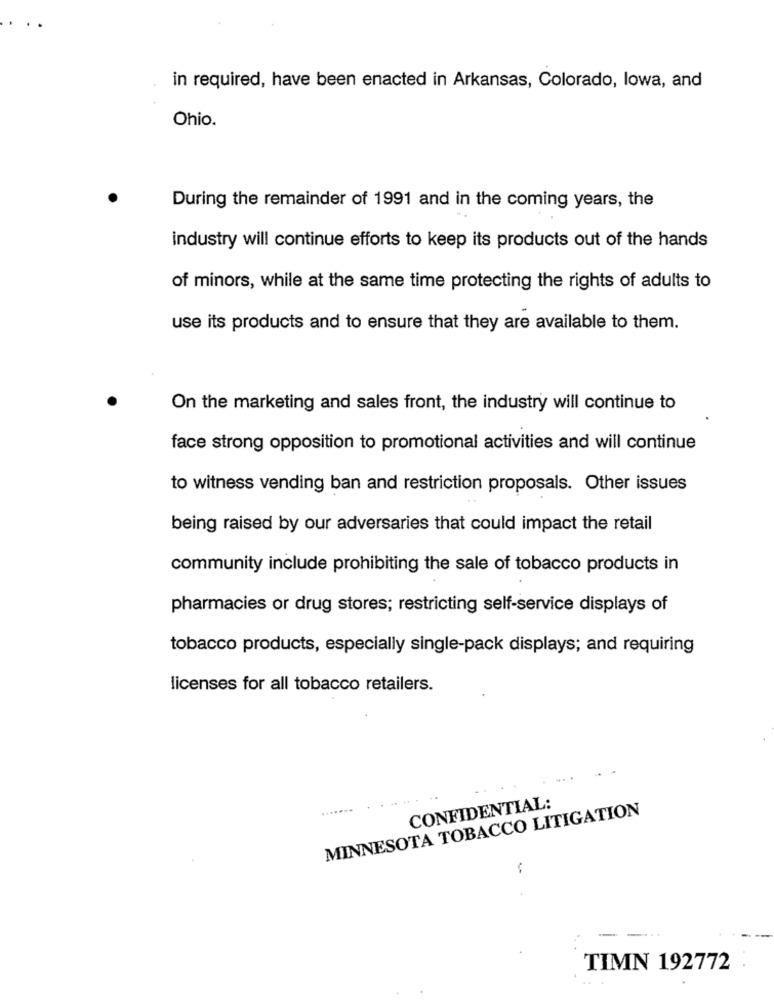
in required, have been enacted in Arkansas, Colorado, lowa, and
Ohio.
During the remainder of 1991 and in the coming years, the
industry will continue efforts to keep its products out of the hands
of minors, while at the same time protecting the rights of adults to
use its products and to ensure that they are available to them.
On the marketing and sales front, the industry will continue to
face strong opposition to promotional activities and will continue
to witness vending ban and restriction proposals. Other issues
being raised by our adversaries that could impact the retail
community include prohibiting the sale of tobacco products in
pharmacies or drug stores; restricting self-service displays of
tobacco products, especially single-pack displays; and requiring
licenses for all tobacco retailers.
.......
MINNESOTA TOBACCO LITIGATION
CONFIDENTIAL:
TIMN 192772